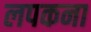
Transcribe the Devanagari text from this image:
लपकना